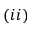
( i i )